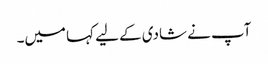
آپ نے شادی کے لیے کہا میں۔